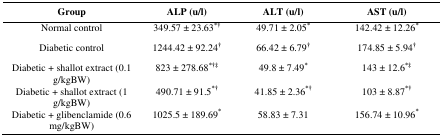
<table><thead><tr><td><b>Group</b></td><td><b>ALP (u/l)</b></td><td><b>ALT (u/l)</b></td><td><b>AST (u/l)</b></td></tr></thead><tbody><tr><td>Normal control</td><td>349.57 ± 23.63*†</td><td>49.71 ± 2.05*</td><td>142.42 ± 12.26*</td></tr><tr><td>Diabetic control</td><td>1244.42 ± 92.24†</td><td>66.42 ± 6.79†</td><td>174.85 ± 5.94†</td></tr><tr><td>Diabetic + shallot extract (0.1 g/kgBW)</td><td>823 ± 278.68*†‡</td><td>49.8 ± 7.49*</td><td>143 ± 12.6*‡</td></tr><tr><td>Diabetic + shallot extract (1 g/kgBW)</td><td>490.71 ± 91.5*†</td><td>41.85 ± 2.36*†</td><td>103 ± 8.87*†</td></tr><tr><td>Diabetic + glibenclamide (0.6 mg/kgBW)</td><td>1025.5 ± 189.69*</td><td>58.83 ± 7.31</td><td>156.74 ± 10.96*</td></tr></tbody></table>